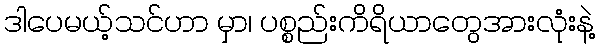
ဒါပေမယ့်သင်ဟာ မှာ၊ ပစ္စည်းကိရိယာတွေအားလုံးနဲ့